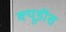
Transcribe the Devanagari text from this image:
क्यूडॉस